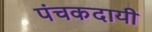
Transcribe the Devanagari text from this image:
पंचकदायी